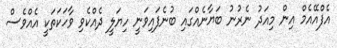
އެފްއޭއެމް އިން މިއަދު ނެރުނު ބަޔާނެއްގައި ބުނެފައިވަނީ ހިޔަލީ ދެއްކެވި ވާހަކަތަކީ އެއްވެސް